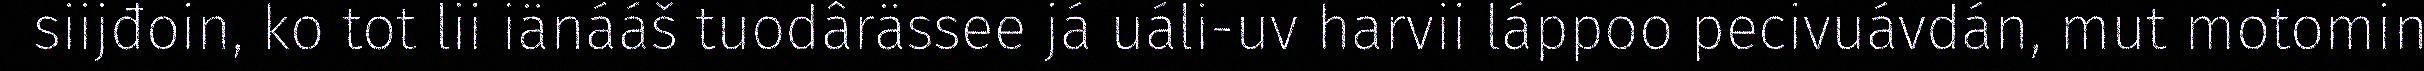
siijđoin, ko tot lii iänááš tuodârässee já uáli-uv harvii láppoo pecivuávdán, mut motomin